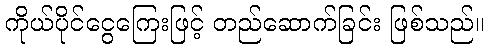
ကိုယ်ပိုင်ငွေကြေးဖြင့် တည်ဆောက်ခြင်း ဖြစ်သည်။